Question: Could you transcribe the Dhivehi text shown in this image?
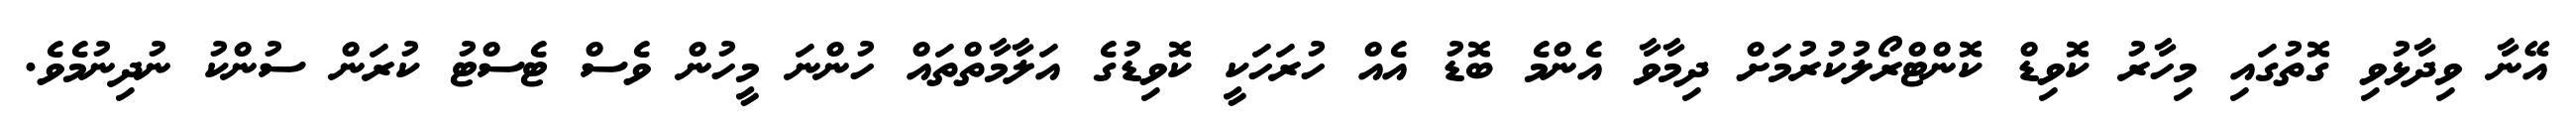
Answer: އޭނާ ވިދާޅުވި ގޮތުގައި މިހާރު ކޮވިޑް ކޮންޓްރޯލުކުރުމަށް ދިމާވާ އެންމެ ބޮޑު އެއް ހުރަހަކީ ކޮވިޑުގެ އަލާމާތްތައް ހުންނަ މީހުން ވެސް ޓެސްޓު ކުރަން ސުންކު ނުދިނުމެވެ.